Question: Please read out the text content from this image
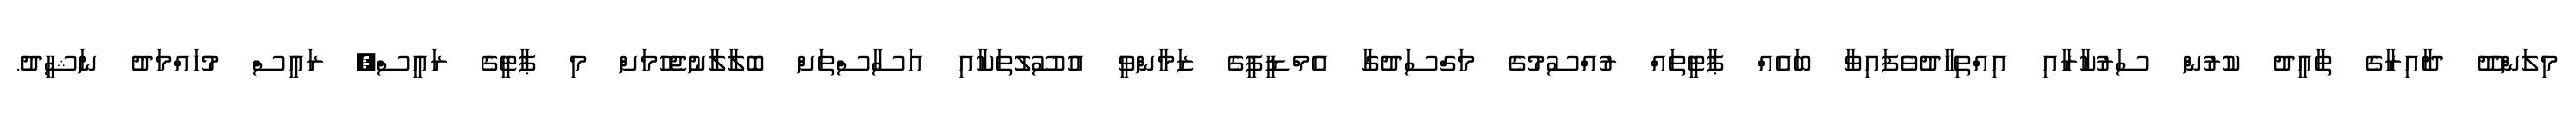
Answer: މިލަންދޫ ދާއިރާގެ ތާއީދު ކުރުން ސަރުކާރާއި އިއްތިހާދުވެފައިވާ ބައެއް ޕާޓީތައް ރުއްސުމުގެ މަގްސަދުގާ އެމްޑީޕީގެ ޒަމާންވީ އުސޫލުތަކާއި އަސާސްތަށް ބޮލާލާނުޖެހުމަށް މި ޕާޓީގެ ރައީސް, ރައީސް މުހައްމަދު ނަޝީދު.